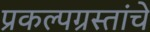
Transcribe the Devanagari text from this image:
प्रकल्पग्रस्तांचे